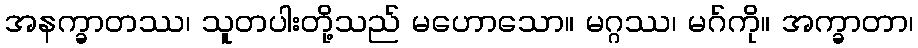
အနက္ခာတဿ၊ သူတပါးတို့သည် မဟောသော။ မဂ္ဂဿ၊ မဂ်ကို။ အက္ခာတာ၊